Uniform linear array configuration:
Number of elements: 12
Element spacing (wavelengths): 0.25
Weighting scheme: cosine
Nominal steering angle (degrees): -30
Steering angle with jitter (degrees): -30.899
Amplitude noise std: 0.05
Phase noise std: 0.05

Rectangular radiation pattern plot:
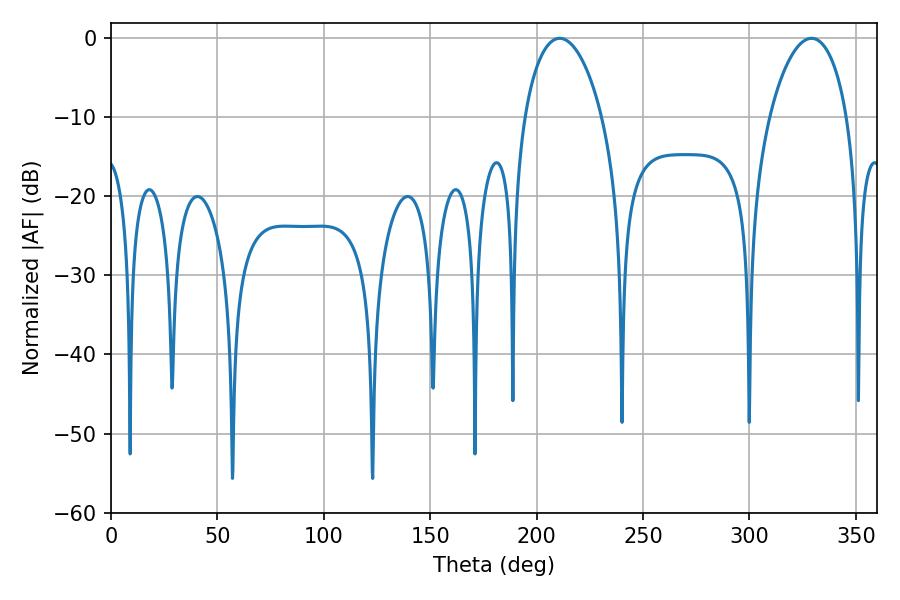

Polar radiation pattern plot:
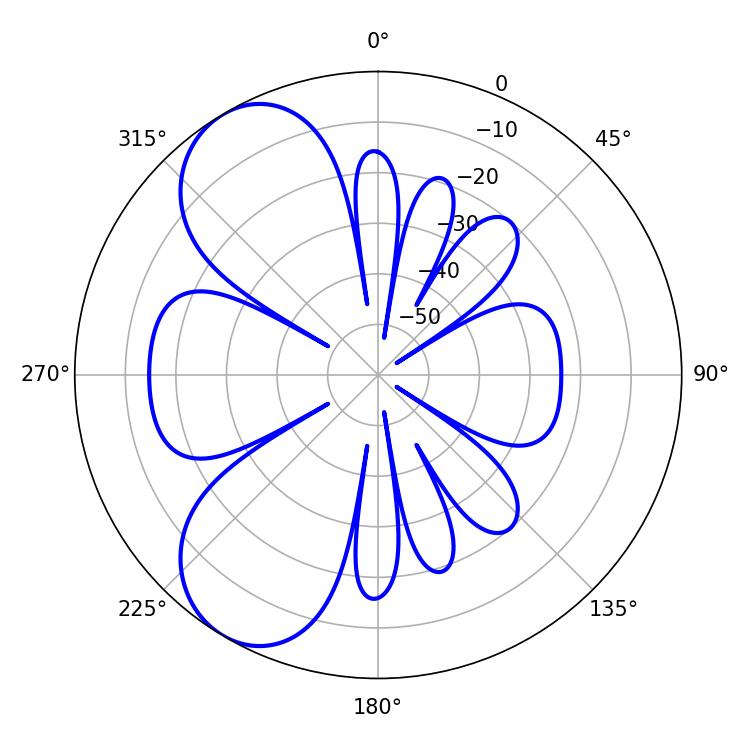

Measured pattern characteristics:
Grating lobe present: FALSE
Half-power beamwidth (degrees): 20.7
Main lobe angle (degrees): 210.78